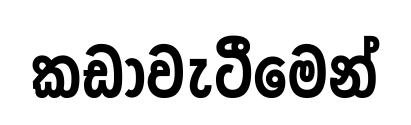
කඩාවැටීමෙන්